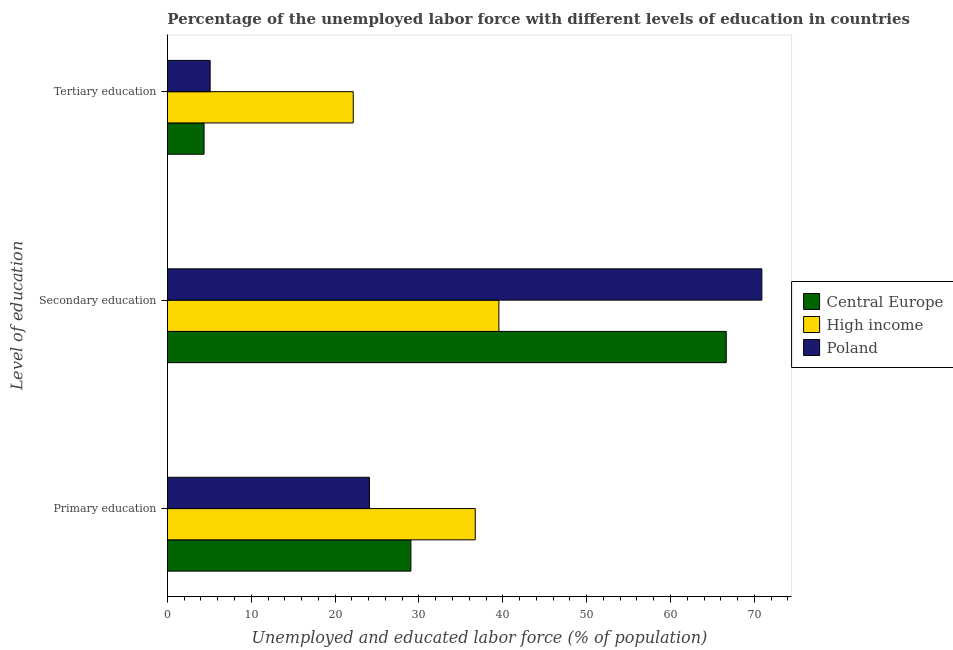
| Level of education | Central Europe | High income | Poland |
 | --- | --- | --- | --- |
 | Primary education | 29 | 36.7 | 24.1 |
 | Secondary education | 66.7 | 39.5 | 70.9 |
 | Tertiary education | 4.38 | 22.2 | 5.1 |